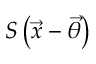
S \left( \vec { x } - \vec { \theta } \right)